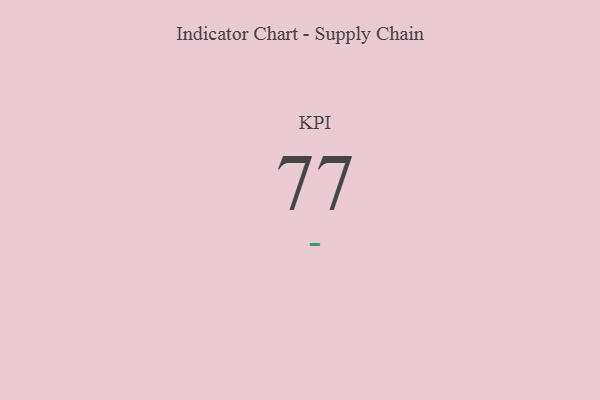
{"axis": {"x": "KPI", "y": "Value"}, "legend": [""], "data": [{"x": "KPI", "y": 77, "type": ""}]}